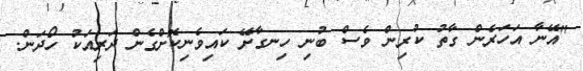
"އޭނާ އަހަރެން ގާތު ކުރިން ވެސް ބުނި ހިނގާށޭ ކައިވެނިކޮށްގެން ދަރިއަކު ހޯދަން.